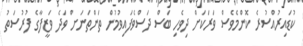
ކުޑައިރުއްސުރެ ކޮންމެވެސް ވަރަކަށް ދިވެހި ބަސް ދަސްވެފައިވުމުން ތަންތަނަށް ވަދެ ވަޒީފާގެ ފުރުސަތު